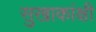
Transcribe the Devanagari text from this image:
सुखाकांक्षी